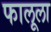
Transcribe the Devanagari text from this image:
फालूला